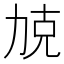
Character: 𱐰